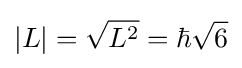
|L|={\sqrt {L^{2}}}=\hbar {\sqrt {6}}